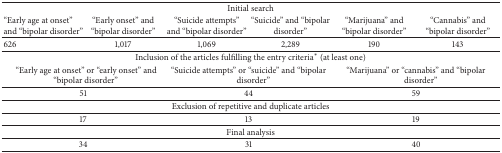
<table><thead><tr><td colspan="6"><b>Initial search</b></td></tr><tr><td><b>“Early age at onset” and “bipolar disorder”</b></td><td><b>“Early onset” and “bipolar disorder”</b></td><td><b>“Suicide attempts” and “bipolar disorder”</b></td><td><b>“Suicide” and “bipolar disorder”</b></td><td><b>“Marijuana” and “bipolar disorder”</b></td><td><b>“Cannabis” and “bipolar disorder”</b></td></tr></thead><tbody><tr><td>626</td><td>1,017</td><td>1,069</td><td>2,289</td><td>190</td><td>143</td></tr><tr><td colspan="6">Inclusion of the articles fulfilling the entry criteria<sup>*</sup> (at least one)</td></tr><tr><td colspan="2">“Early age at onset” or “early onset” and “bipolar disorder”</td><td colspan="2">“Suicide attempts” or “suicide” and “bipolar disorder”</td><td colspan="2">“Marijuana” or “cannabis” and “bipolar disorder”</td></tr><tr><td colspan="2">51</td><td colspan="2">44</td><td colspan="2">59</td></tr><tr><td colspan="6">Exclusion of repetitive and duplicate articles</td></tr><tr><td colspan="2">17</td><td colspan="2">13</td><td colspan="2">19</td></tr><tr><td colspan="6">Final analysis</td></tr><tr><td colspan="2">34</td><td colspan="2">31</td><td colspan="2">40</td></tr></tbody></table>